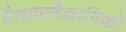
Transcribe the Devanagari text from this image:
हैभाषावैज्ञानिकों